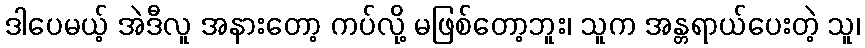
ဒါပေမယ့် အဲဒီလူ အနားတော့ ကပ်လို့ မဖြစ်တော့ဘူး၊ သူက အန္တရာယ်ပေးတဲ့ သူ၊